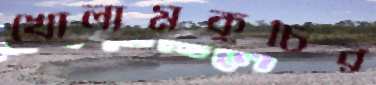
খোলামকুচির